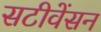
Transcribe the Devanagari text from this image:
सटीवेंसन